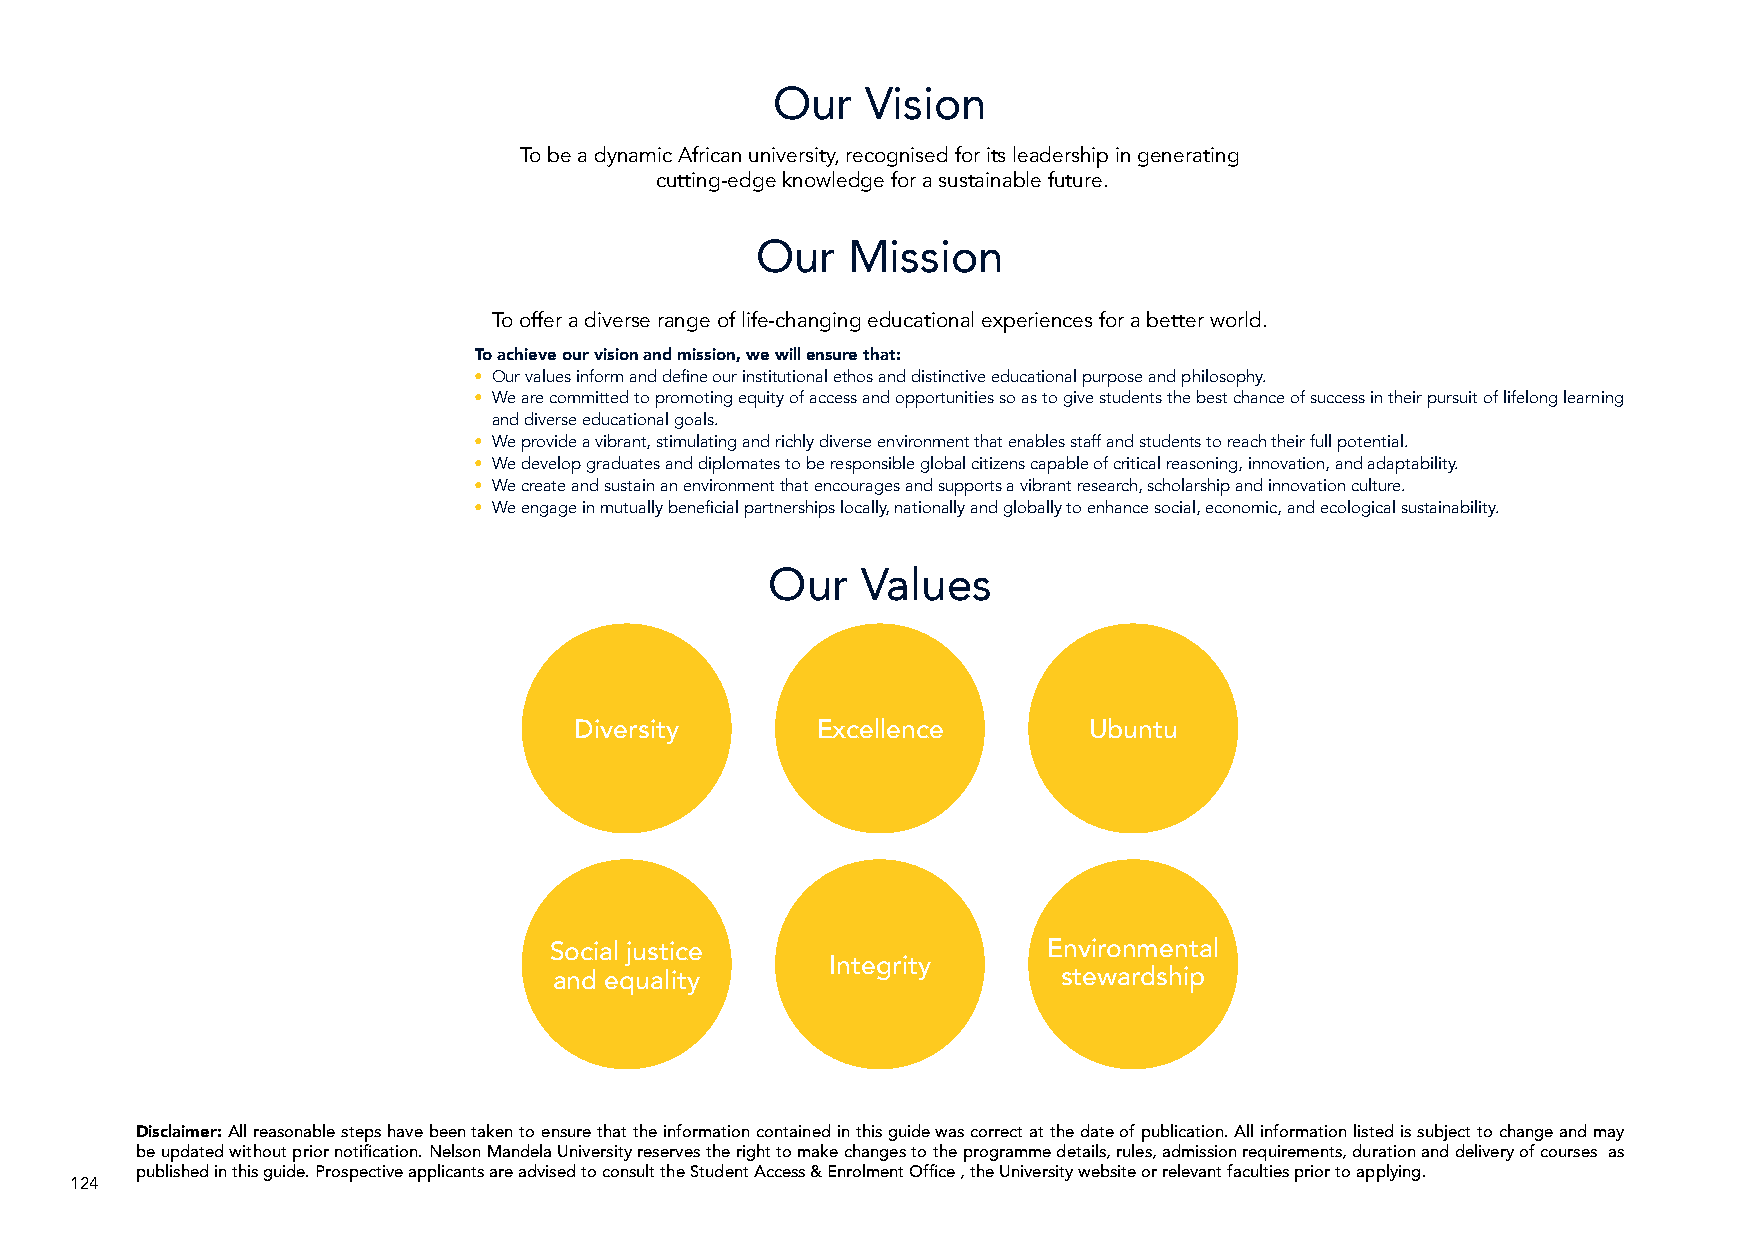
Our   Vision
 To be a dynamic African university, recognised for its leadership in generating
 cutting-edge knowledge for a sustainable future.
 Our   Mission
 To offer a diverse range of life-changing educational experiences for a better world.
 To achieve our vision and mission, we will ensure that:
 • Our values inform and define our institutional ethos and distinctive educational purpose and philosophy.
 • We are committed to promoting equity of access and opportunities so as to give students the best chance of success in their pursuit of lifelong learning
 and diverse educational goals.
 • We provide a vibrant, stimulating and richly diverse environment that enables staff and students to reach their full potential.
 • We develop graduates and diplomates to be responsible global citizens capable of critical reasoning, innovation, and adaptability.
 • We create and sustain an environment that encourages and supports a vibrant research, scholarship and innovation culture.
 • We engage in mutually beneficial partnerships locally, nationally and globally to enhance social, economic, and ecological sustainability.
 Our   Values
 Diversity       Excellence        Ubuntu
 Social justice                   Environmental
 Integrity
 and equality                     stewardship
 Disclaimer: All reasonable steps have been taken to ensure that the information contained in this guide was correct at the date of publication. All information listed is subject to change and may
 be updated without prior notification. Nelson Mandela University reserves the right to make changes to the programme details, rules, admission requirements, duration and delivery of courses as
 published in this guide. Prospective applicants are advised to consult the Student Access & Enrolment Office , the University website or relevant faculties prior to applying.
 124